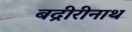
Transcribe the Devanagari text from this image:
बद्रीरीनाथ